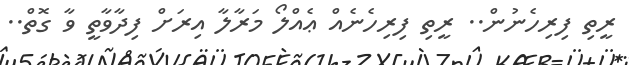
ރީތި ފިރިހެނުން.. ރީތި ފިރިހެނެއް ޢެއްލޯ މަރާލާ އިރަށް ފިދާވާތީ ވާ ގޮތް..